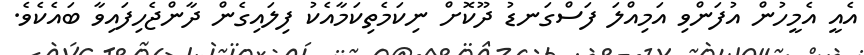
އެއީ އެމީހުން އުފަންވި އަމިއްލަ ފަސްގަނޑު ދޫކޮށް ނިކަމެތިކަމާއެކު ފިލައިގެން ދާންޖެހިފައިވާ ބައެކެވެ.